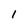
Character: 1